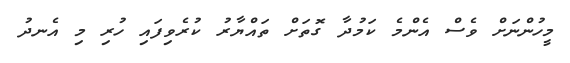
މީހުންނަށް ވެސް އެންމެ ކަމުދާ ގޮތަށް ތައްޔާރު ކުރެވިފައި ހުރި މި އެނދު